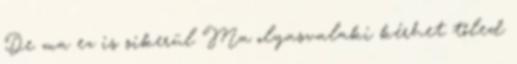
De ma ez is sikerül Ma olyasvalaki kérhet tőled